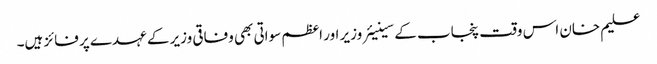
علیم خان اس وقت پنجاب کے سینیئر وزیر اور اعظم سواتی بھی وفاقی وزیر کے عہدے پر فائز ہیں۔